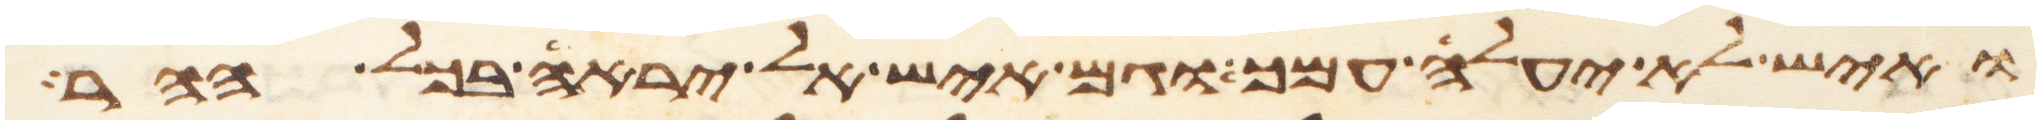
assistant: ואיש לא יעלה עמך וגם איש אל יראה בכל ההר